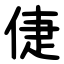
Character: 倢